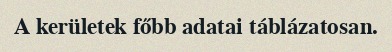
A kerületek főbb adatai táblázatosan.